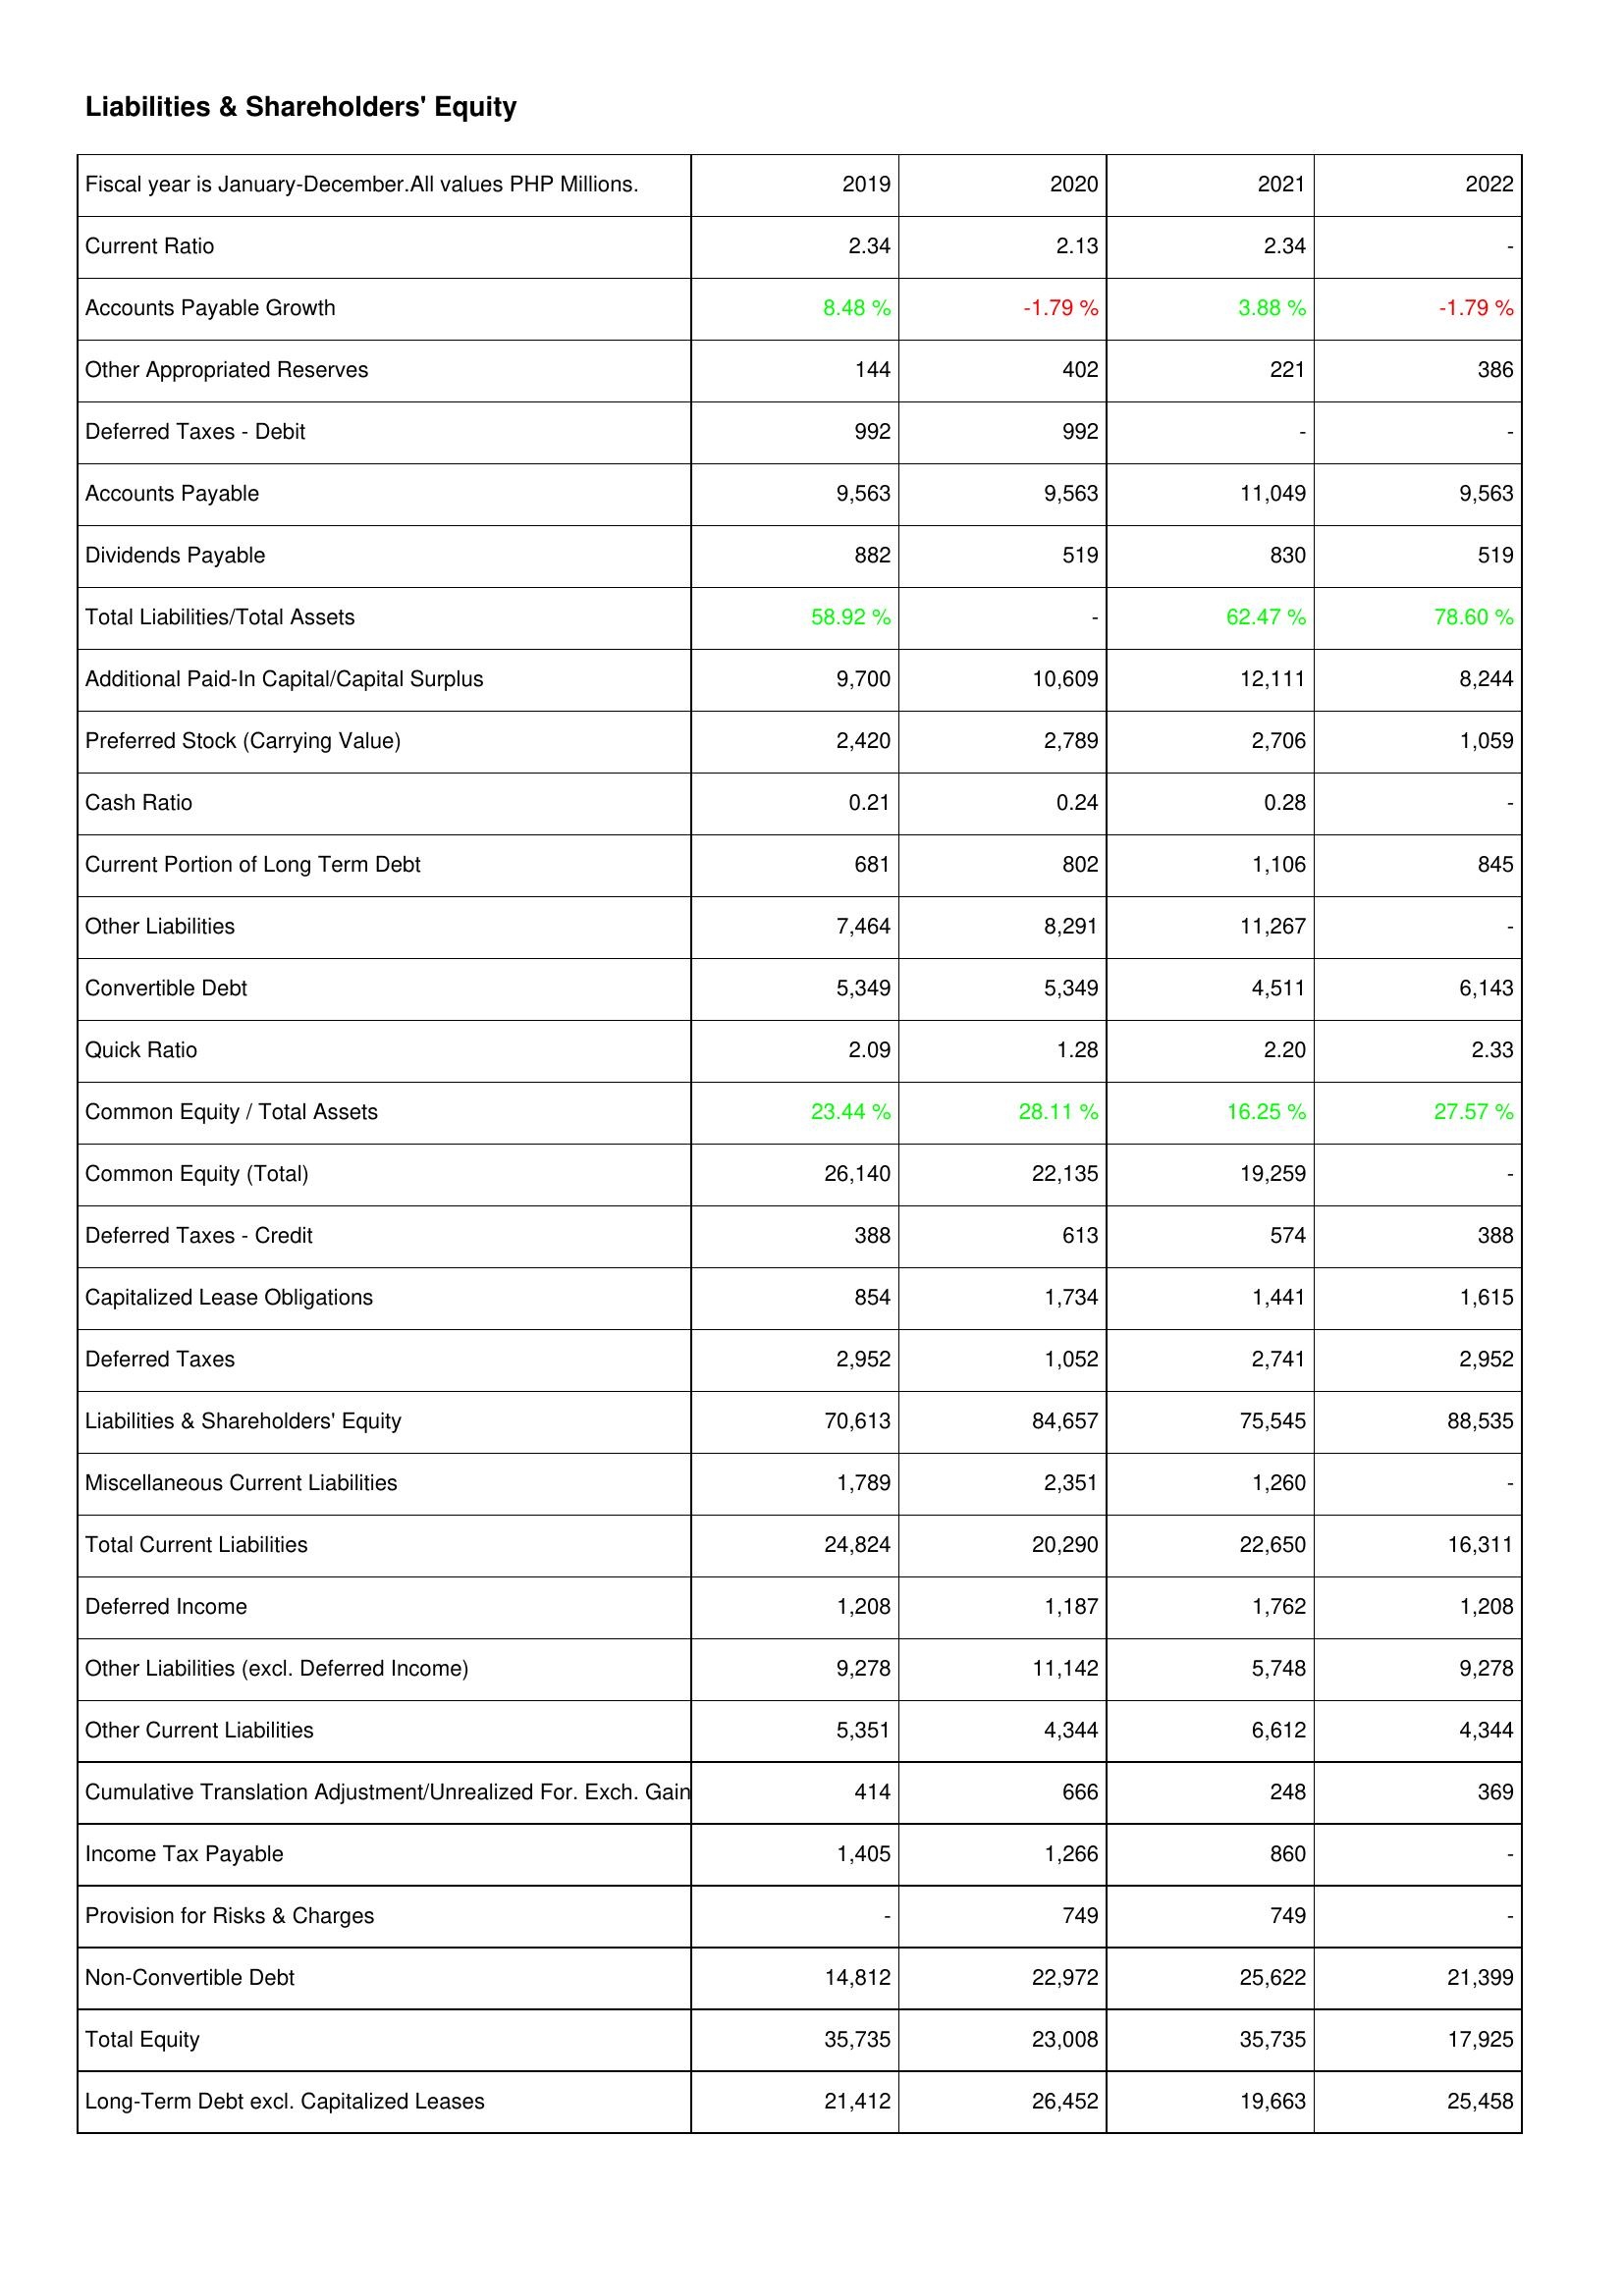
2019: Liabilities & Shareholders' Equity: Current Ratio: 2.34
Accounts Payable Growth: 8.48 %
Other Appropriated Reserves: 144
Deferred Taxes - Debit: 992
Accounts Payable: 9,563
Dividends Payable: 882
Total Liabilities/Total Assets: 58.92 %
Additional Paid-In Capital/Capital Surplus: 9,700
Preferred Stock (Carrying Value): 2,420
Cash Ratio: 0.21
Current Portion of Long Term Debt: 681
Other Liabilities: 7,464
Convertible Debt: 5,349
Quick Ratio: 2.09
Common Equity / Total Assets: 23.44 %
Common Equity (Total): 26,140
Deferred Taxes - Credit: 388
Capitalized Lease Obligations: 854
Deferred Taxes: 2,952
Liabilities & Shareholders' Equity: 70,613
Miscellaneous Current Liabilities: 1,789
Total Current Liabilities: 24,824
Deferred Income: 1,208
Other Liabilities (excl. Deferred Income): 9,278
Other Current Liabilities: 5,351
Cumulative Translation Adjustment/Unrealized For. Exch. Gain: 414
Income Tax Payable: 1,405
Provision for Risks & Charges: -
Non-Convertible Debt: 14,812
Total Equity: 35,735
Long-Term Debt excl. Capitalized Leases: 21,412
2020: Liabilities & Shareholders' Equity: Current Ratio: 2.13
Accounts Payable Growth: -1.79 %
Other Appropriated Reserves: 402
Deferred Taxes - Debit: 992
Accounts Payable: 9,563
Dividends Payable: 519
Total Liabilities/Total Assets: -
Additional Paid-In Capital/Capital Surplus: 10,609
Preferred Stock (Carrying Value): 2,789
Cash Ratio: 0.24
Current Portion of Long Term Debt: 802
Other Liabilities: 8,291
Convertible Debt: 5,349
Quick Ratio: 1.28
Common Equity / Total Assets: 28.11 %
Common Equity (Total): 22,135
Deferred Taxes - Credit: 613
Capitalized Lease Obligations: 1,734
Deferred Taxes: 1,052
Liabilities & Shareholders' Equity: 84,657
Miscellaneous Current Liabilities: 2,351
Total Current Liabilities: 20,290
Deferred Income: 1,187
Other Liabilities (excl. Deferred Income): 11,142
Other Current Liabilities: 4,344
Cumulative Translation Adjustment/Unrealized For. Exch. Gain: 666
Income Tax Payable: 1,266
Provision for Risks & Charges: 749
Non-Convertible Debt: 22,972
Total Equity: 23,008
Long-Term Debt excl. Capitalized Leases: 26,452
2021: Liabilities & Shareholders' Equity: Current Ratio: 2.34
Accounts Payable Growth: 3.88 %
Other Appropriated Reserves: 221
Deferred Taxes - Debit: -
Accounts Payable: 11,049
Dividends Payable: 830
Total Liabilities/Total Assets: 62.47 %
Additional Paid-In Capital/Capital Surplus: 12,111
Preferred Stock (Carrying Value): 2,706
Cash Ratio: 0.28
Current Portion of Long Term Debt: 1,106
Other Liabilities: 11,267
Convertible Debt: 4,511
Quick Ratio: 2.20
Common Equity / Total Assets: 16.25 %
Common Equity (Total): 19,259
Deferred Taxes - Credit: 574
Capitalized Lease Obligations: 1,441
Deferred Taxes: 2,741
Liabilities & Shareholders' Equity: 75,545
Miscellaneous Current Liabilities: 1,260
Total Current Liabilities: 22,650
Deferred Income: 1,762
Other Liabilities (excl. Deferred Income): 5,748
Other Current Liabilities: 6,612
Cumulative Translation Adjustment/Unrealized For. Exch. Gain: 248
Income Tax Payable: 860
Provision for Risks & Charges: 749
Non-Convertible Debt: 25,622
Total Equity: 35,735
Long-Term Debt excl. Capitalized Leases: 19,663
2022: Liabilities & Shareholders' Equity: Current Ratio: -
Accounts Payable Growth: -1.79 %
Other Appropriated Reserves: 386
Deferred Taxes - Debit: -
Accounts Payable: 9,563
Dividends Payable: 519
Total Liabilities/Total Assets: 78.60 %
Additional Paid-In Capital/Capital Surplus: 8,244
Preferred Stock (Carrying Value): 1,059
Cash Ratio: -
Current Portion of Long Term Debt: 845
Other Liabilities: -
Convertible Debt: 6,143
Quick Ratio: 2.33
Common Equity / Total Assets: 27.57 %
Common Equity (Total): -
Deferred Taxes - Credit: 388
Capitalized Lease Obligations: 1,615
Deferred Taxes: 2,952
Liabilities & Shareholders' Equity: 88,535
Miscellaneous Current Liabilities: -
Total Current Liabilities: 16,311
Deferred Income: 1,208
Other Liabilities (excl. Deferred Income): 9,278
Other Current Liabilities: 4,344
Cumulative Translation Adjustment/Unrealized For. Exch. Gain: 369
Income Tax Payable: -
Provision for Risks & Charges: -
Non-Convertible Debt: 21,399
Total Equity: 17,925
Long-Term Debt excl. Capitalized Leases: 25,458